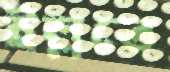
ইল্লতে